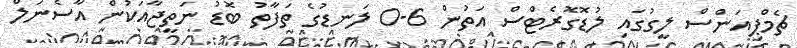
ޗެމްޕިއަންސް ލީގުގައި ލުޑޮގޮރެޓްސް އަތުން 6-0 ލަނޑުގެ ތަފާތު ބޮޑު ނަތީޖާއަކުން އާސެނަލް